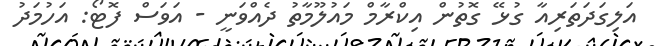
އަލިގަދަތަރިއާ ގުޅޭ ގޮތުން އިކްރާމް މައުލޫމާތު ދެއްވަނީ - އަވަސް ފޮޓޯ: އަހުމަދު